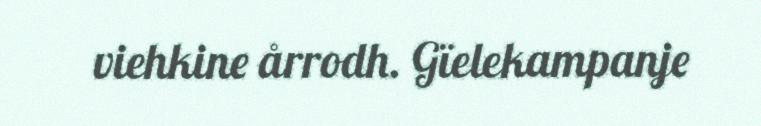
viehkine årrodh. Gïelekampanje